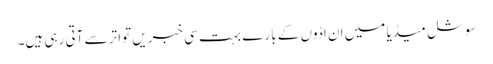
سوشل میڈیا میں ان اڈوں کے بارے بہت سی خبریں تواتر سے آتی رہی ہیں۔